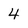
Character: 4